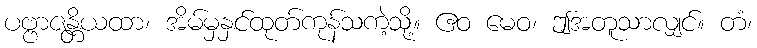
ပဗ္ဗာဇန္တိယထာ၊ အိမ်မှနှင်ထုတ်ကုန်သကဲ့သို့။ ဧဝ မေဝ၊ ဤအတူသာလျှင်။ တံ၊